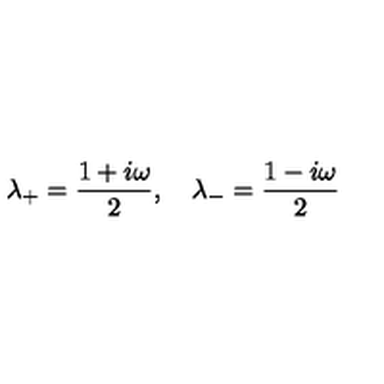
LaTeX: \lambda _ { + } = \frac { 1 + i \omega } { 2 } , \quad \lambda _ { - } = \frac { 1 - i \omega } { 2 }